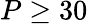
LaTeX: P\geq 30